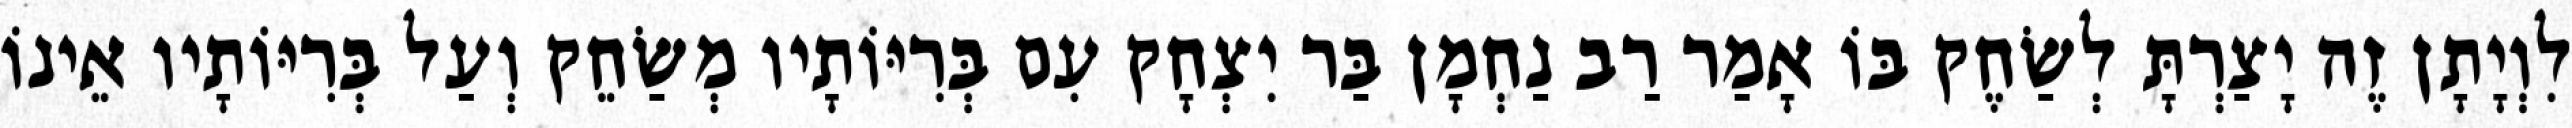
לִוְיָתָן זֶה יָצַרְתָּ לְשַׂחֶק בּוֹ אָמַר רַב נַחְמָן בַּר יִצְחָק עִם בְּרִיּוֹתָיו מְשַׂחֵק וְעַל בְּרִיּוֹתָיו אֵינוֹ